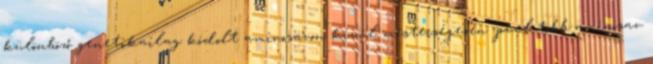
különböző genetikailag kódolt aminosavon kívül mesterségesen jóval több aminosav